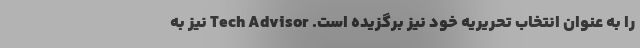
را به عنوان انتخاب تحریریه خود نیز برگزیده است. Tech Advisor نیز به